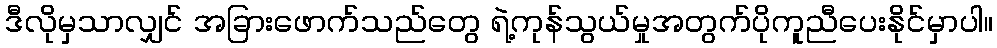
ဒီလိုမှသာလျှင် အခြားဖောက်သည်တွေ ရဲ့ကုန်သွယ်မှုအတွက်ပိုကူညီပေးနိုင်မှာပါ။